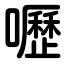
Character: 嚦